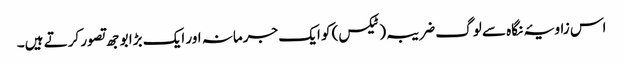
اس زاویۂ نگاہ سے لوگ ضریبہ(ٹیکس) کو ایک جرمانہ اور ایک بڑا بوجھ تصور کرتے ہیں۔